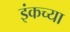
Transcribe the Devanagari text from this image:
इंकच्या